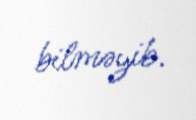
bilməyib.